system: You are a helpful assistant.
user:
Analyze the provided spectrum to determine if it is a **M-type Giant (gM)**.

A M-type Giant spectrum is defined by its **strong molecular absorption** features, particularly from **Titanium Oxide (TiO)**. You must check for one of the following mutually exclusive signatures:

- **Key Visual Indicators (Absorption-Dominated Spectrum):**

    - **(Primary):** The spectrum is dominated by strong molecular absorption from **Titanium Oxide (TiO)**. This is the **defining feature** of its M-type temperature class.
        - **(Key Bandheads):** Look for sharp, "saw-tooth" absorption valleys. The strongest are located near **~7050 Å**, **~6160 Å**, and **~5170 Å**.
        - **(Line Profile):** The "saw-tooth" morphology is critical: a **sharp, steep drop on the BLUE (short-wavelength) side** of the bandhead, followed by a gradual recovery (rising flux) towards the RED (long-wavelength) side.

    - **(Key Confirmation - Giant vs. Dwarf):** **ABSENCE** of strong **Calcium Hydride (CaH)** molecular bands. This is the primary diagnostic for *excluding* M-dwarfs.
        - **(Key Region):** The spectrum should lack the strong, broad absorption band seen in dwarfs between **~6800 Å and ~7000 Å**.

    - **(Secondary Confirmation - Giant):** A very strong and broad **Neutral Calcium (Ca I)** atomic absorption line.
        - **(Key Line):** Located at **~4226 Å**. In a giant (gM), this line is significantly deeper and broader than the same line in an M-dwarf (dM) due to low surface gravity.

    - **(Overall Spectrum):**
        - The continuum is **extremely red-sloping** (i.e., flux is very low in the blue and rises dramatically towards the red).
        - The entire spectrum appears "chopped up" by the deep TiO bands.

Think first, call **spectral_visualization_tool** if needed to examine features in detail, then provide your final answer. Your response must adhere to the following strict rules:
1.  **Overall Structure:** Your response must follow the format `<think>...</think> <tool_call>...</tool_call> (if a tool is used) <answer>...</answer>`.
2.  **Tool Usage Constraint:** You may only make **one** tool call per turn.
3.  **Final Answer Format:** In the `<answer>` tag, your conclusion must be inside a `\boxed{}` command (e.g., `\boxed{YES}` or `\boxed{NO}`), followed by your justification.

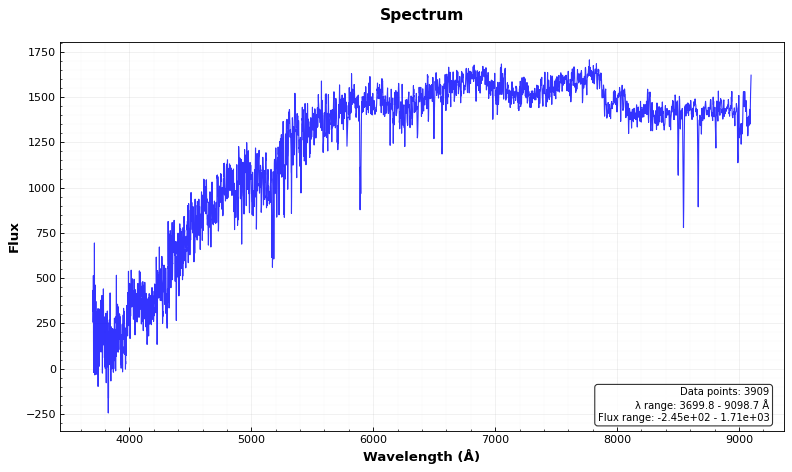
Answer: NO